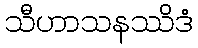
သီဟာသနဿိဒံ